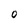
Character: O